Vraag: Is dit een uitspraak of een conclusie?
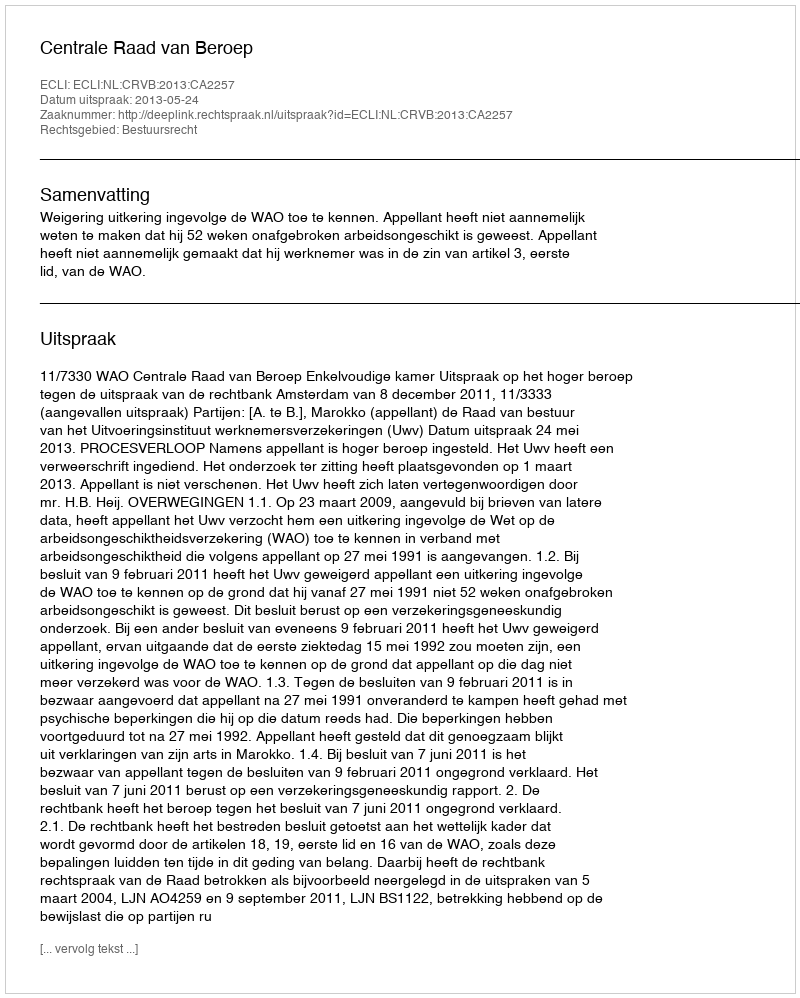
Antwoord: Uitspraak